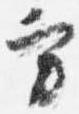
方